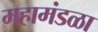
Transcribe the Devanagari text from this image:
महामंडळा